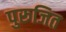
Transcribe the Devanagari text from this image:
पुरूजित